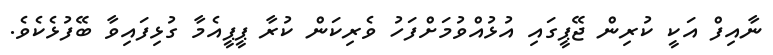
ނާއިފް އަކީ ކުރިން ޖޭޕީގައި އުޅުއްވުމަށްފަހު ވެރިކަން ކުރާ ޕީޕީއެމާ ގުޅިފައިވާ ބޭފުޅެކެވެ.